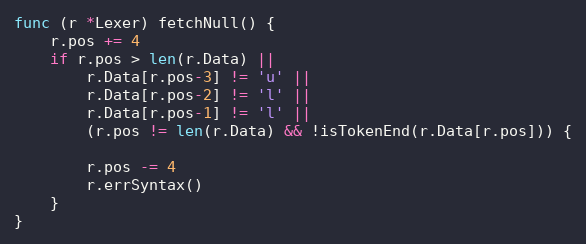
Language: Go
func (r *Lexer) fetchNull() {
	r.pos += 4
	if r.pos > len(r.Data) ||
		r.Data[r.pos-3] != 'u' ||
		r.Data[r.pos-2] != 'l' ||
		r.Data[r.pos-1] != 'l' ||
		(r.pos != len(r.Data) && !isTokenEnd(r.Data[r.pos])) {

		r.pos -= 4
		r.errSyntax()
	}
}